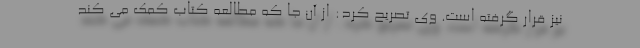
نیز قرار گرفته است. وی تصریح کرد: از آن جا که مطالعه کتاب کمک می کند